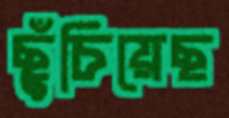
ছুঁচিয়েছ